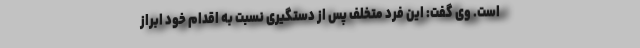
است. وی گفت: این فرد متخلف پس از دستگیری نسبت به اقدام خود ابراز